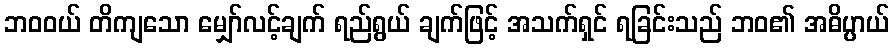
ဘဝဝယ် တိကျသော မျှော်လင့်ချက် ရည်ရွယ် ချက်ဖြင့် အသက်ရှင် ရခြင်းသည် ဘဝ၏ အဓိပ္ပာယ်